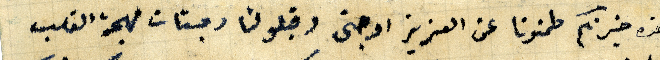
هذه خبرناكم طمنونا عن العزيز اوجنى وقبلو لنا وجنات مهجة القلب